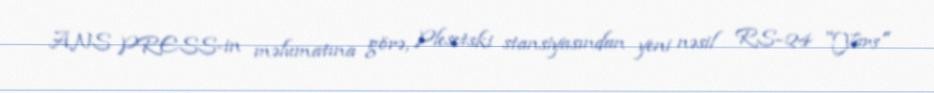
ANS PRESS-in məlumatına görə, Plesetski stansiyasından yeni nəsil RS–24 "Yars"